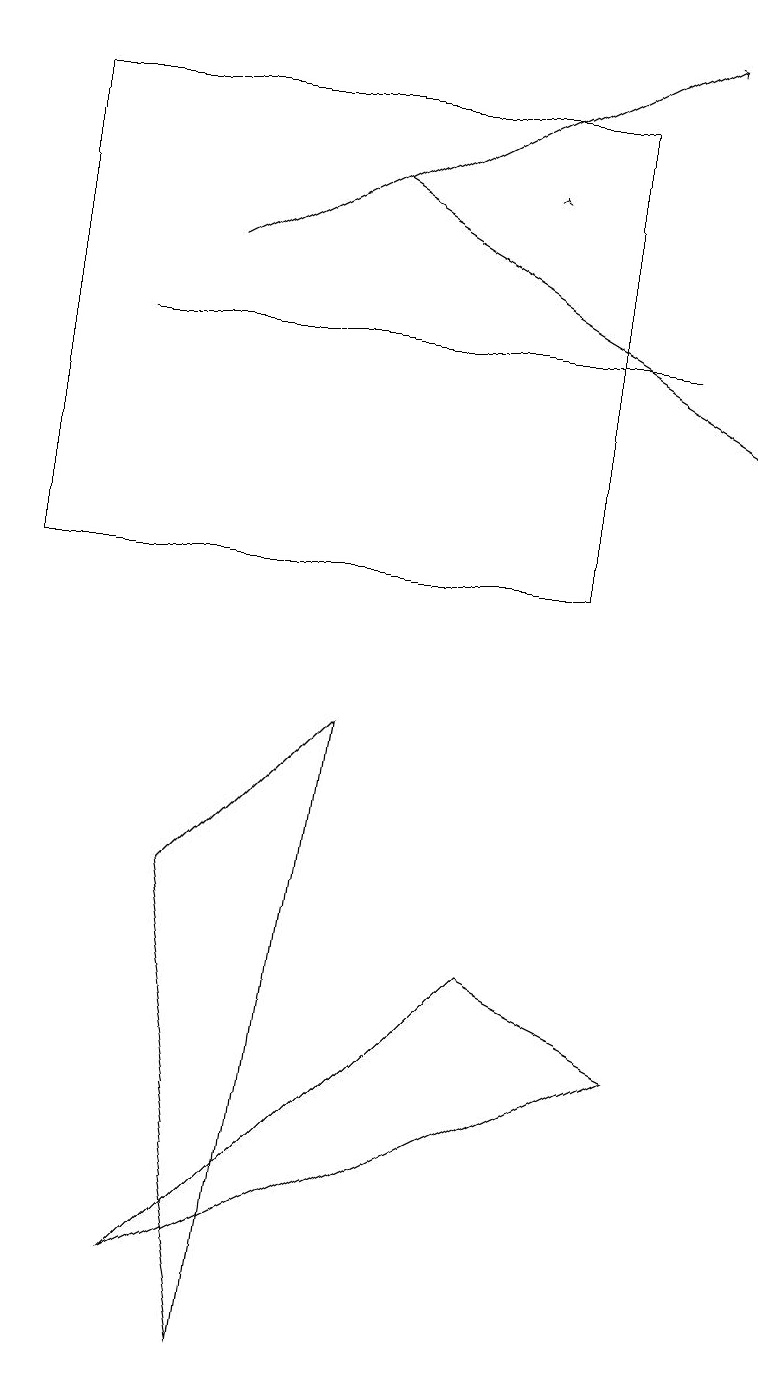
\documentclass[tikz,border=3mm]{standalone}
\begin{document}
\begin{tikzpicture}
\draw[->] (4,15) -- (9,12);
\draw (0,10) rectangle (7,16);
\draw (2,1) -- (8,4) -- (6,5) -- cycle;
\draw[->] (2,14) -- (8,17);
\draw (1,13) rectangle (8,13);
\draw[->] (6,15) -- (6,15);
\draw (2,6) -- (4,8) -- (3,0) -- cycle;
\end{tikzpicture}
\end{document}